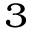
_ 3